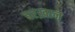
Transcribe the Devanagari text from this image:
बरख़ान